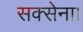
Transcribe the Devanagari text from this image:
सक्सेना।